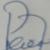
Signature authenticity: forged